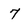
Character: 7